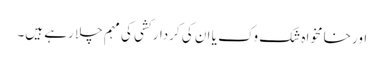
اور خامخواہ شک وک یا ان کی کردار کشی کی مہم چلا رہے ہیں۔